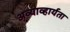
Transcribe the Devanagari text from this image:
अव्याव्हार्यता